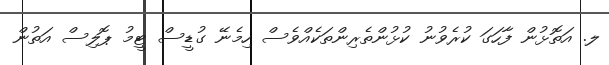
ލ. އަތޮޅުން ފާހަގަ ކުރެވުނު ކުޅުންތެރިންތަކެއްވެސް ހިމެނޭ ގުޑީސް ޓީމު ޕޮލިސް އަތުން